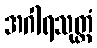
အဂါရသုတ္တံ